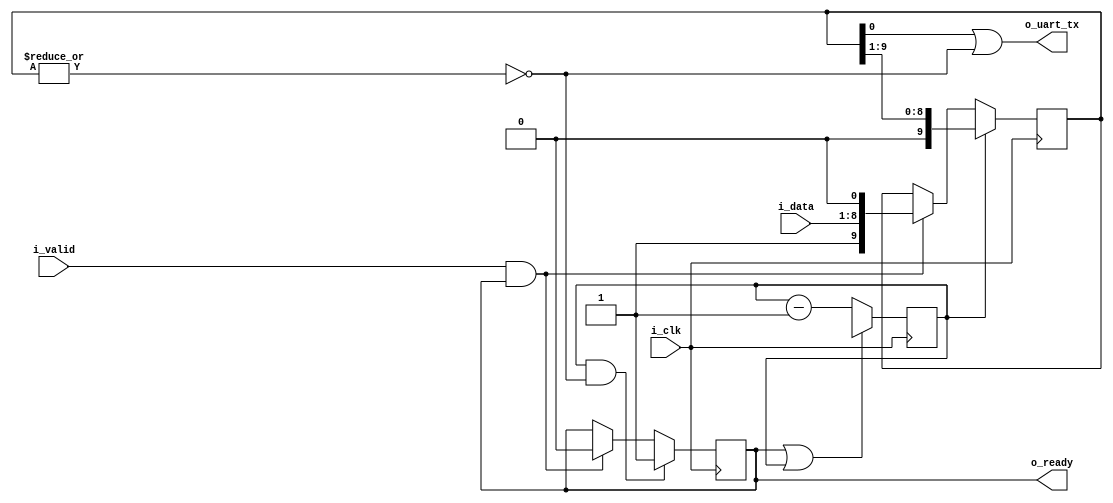
module corescore_emitter_uart
  #(
    parameter clk_freq_hz = 0,
    parameter baud_rate = 57600)
  (
   input wire 	    i_clk,
   input wire [7:0] i_data,
   input wire 	    i_valid,
   output reg 	    o_ready,
   output wire 	    o_uart_tx
);

   localparam START_VALUE = clk_freq_hz/baud_rate;
   
   localparam WIDTH = $clog2(START_VALUE);
   
   reg [WIDTH:0]  cnt = 0;
   
   reg [9:0] 	    data;

   assign o_uart_tx = data[0] | !(|data);

   always @(posedge i_clk) begin
      if (cnt[WIDTH] & !(|data)) begin
	 o_ready <= 1'b1;
      end else if (i_valid & o_ready) begin
	 o_ready <= 1'b0;
      end

      if (o_ready | cnt[WIDTH])
	cnt <= {1'b0,START_VALUE[WIDTH-1:0]};
      else
	cnt <= cnt-1;
      
      if (cnt[WIDTH])
	data <= {1'b0, data[9:1]};
      else if (i_valid & o_ready)
	data <= {1'b1, i_data, 1'b0};
   end

endmodule